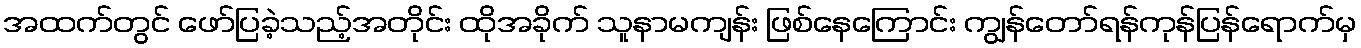
အထက်တွင် ဖော်ပြခဲ့သည့်အတိုင်း ထိုအခိုက် သူနာမကျန်း ဖြစ်နေကြောင်း ကျွန်တော်ရန်ကုန်ပြန်ရောက်မှ